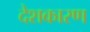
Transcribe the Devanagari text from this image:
देशकारण